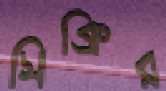
সিক্রির